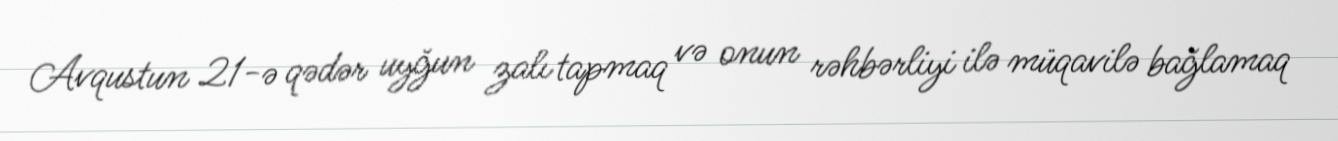
Avqustun 21-ə qədər uyğun zalı tapmaq və onun rəhbərliyi ilə müqavilə bağlamaq